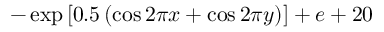
- \exp \left[ 0 . 5 \left( \cos 2 \pi x + \cos 2 \pi y \right) \right] + e + 2 0